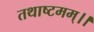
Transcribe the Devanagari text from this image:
तथाष्टमम्।।